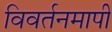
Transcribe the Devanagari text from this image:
विवर्तनमापी